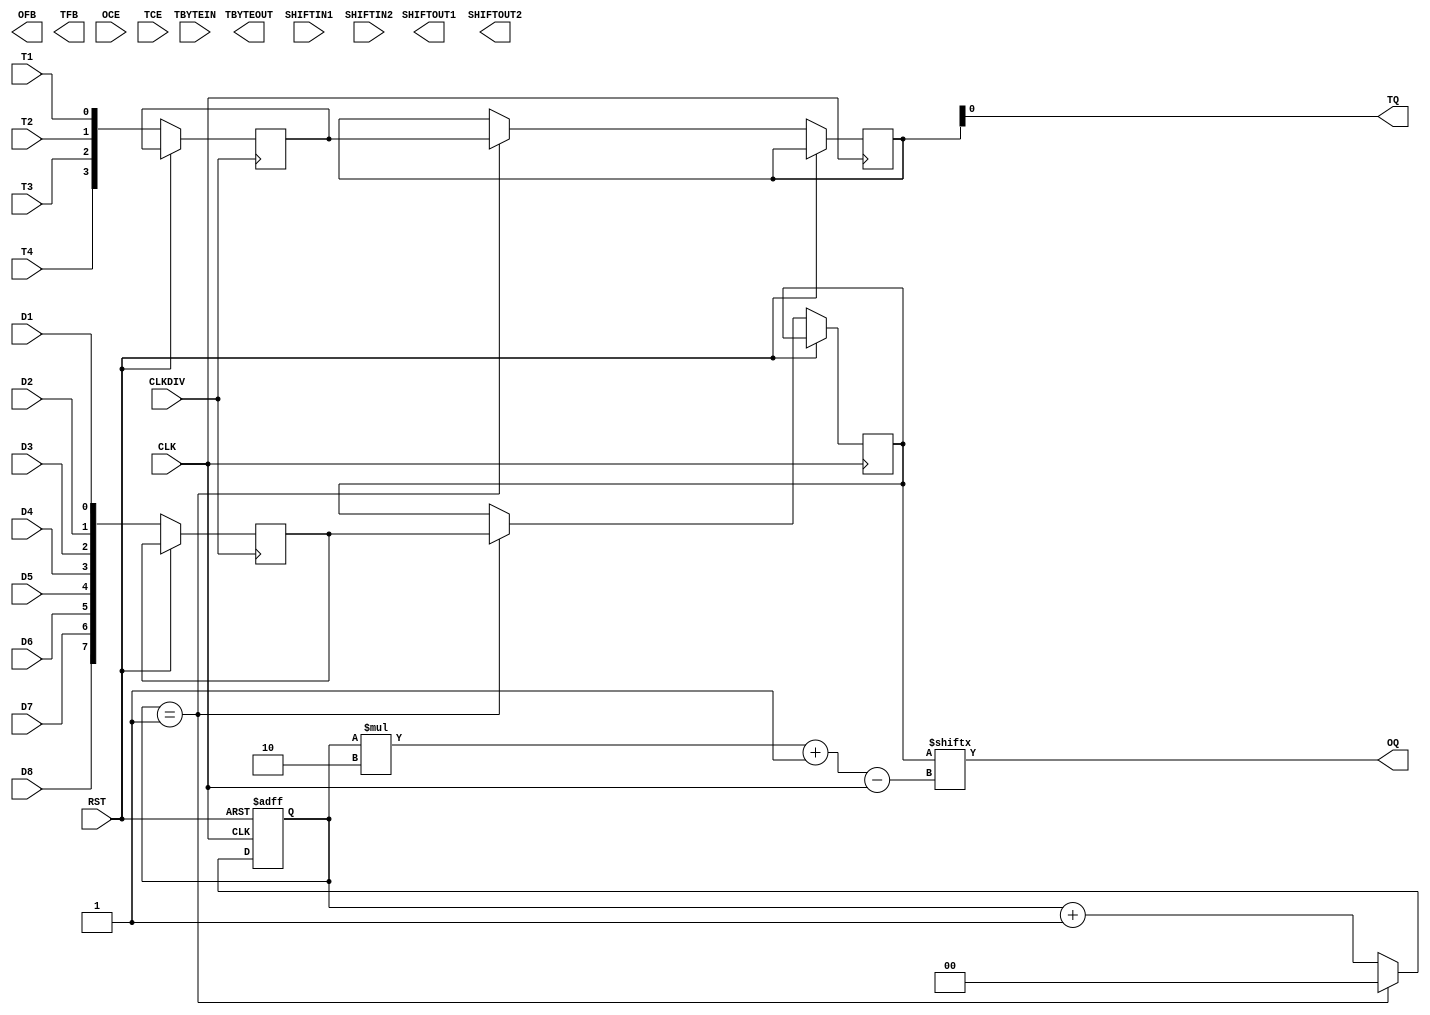


module OSERDESE2 (
  OFB,
  OQ,
  SHIFTOUT1,
  SHIFTOUT2,
  TBYTEOUT,
  TFB,
  TQ,

  CLK,
  CLKDIV,
  D1,
  D2,
  D3,
  D4,
  D5,
  D6,
  D7,
  D8,
  OCE,
  RST,
  SHIFTIN1,
  SHIFTIN2,
  T1,
  T2,
  T3,
  T4,
  TBYTEIN,
  TCE
);

  parameter DATA_RATE_OQ = "DDR";
  parameter DATA_RATE_TQ = "DDR";
  parameter integer DATA_WIDTH = 4;
  parameter [0:0] INIT_OQ = 1'b0;
  parameter [0:0] INIT_TQ = 1'b0;
  parameter [0:0] IS_CLKDIV_INVERTED = 1'b0;
  parameter [0:0] IS_CLK_INVERTED = 1'b0;
  parameter [0:0] IS_D1_INVERTED = 1'b0;
  parameter [0:0] IS_D2_INVERTED = 1'b0;
  parameter [0:0] IS_D3_INVERTED = 1'b0;
  parameter [0:0] IS_D4_INVERTED = 1'b0;
  parameter [0:0] IS_D5_INVERTED = 1'b0;
  parameter [0:0] IS_D6_INVERTED = 1'b0;
  parameter [0:0] IS_D7_INVERTED = 1'b0;
  parameter [0:0] IS_D8_INVERTED = 1'b0;
  parameter [0:0] IS_T1_INVERTED = 1'b0;
  parameter [0:0] IS_T2_INVERTED = 1'b0;
  parameter [0:0] IS_T3_INVERTED = 1'b0;
  parameter [0:0] IS_T4_INVERTED = 1'b0;


  `ifdef XIL_TIMING //Simprim
  parameter LOC = "UNPLACED";
  `endif
  parameter SERDES_MODE = "MASTER";
  parameter [0:0] SRVAL_OQ = 1'b0;
  parameter [0:0] SRVAL_TQ = 1'b0;
  parameter TBYTE_CTL = "FALSE";
  parameter TBYTE_SRC = "FALSE";
  parameter integer TRISTATE_WIDTH = 4;
  
  localparam in_delay = 0;
  localparam out_delay = 0;
  localparam INCLK_DELAY = 0;
  localparam OUTCLK_DELAY = 0;

  output OFB;
  output OQ;
  output SHIFTOUT1;
  output SHIFTOUT2;
  output TBYTEOUT;
  output TFB;
  output TQ;

  input CLK;
  input CLKDIV;
  input D1;
  input D2;
  input D3;
  input D4;
  input D5;
  input D6;
  input D7;
  input D8;
  input OCE;
  input RST;
  input SHIFTIN1;
  input SHIFTIN2;
  input T1;
  input T2;
  input T3;
  input T4;
  input TBYTEIN;
  input TCE;

  reg [1:0] counter;
  reg [7:0] dataA, dataB;
  reg [3:0] tA, tB;

  always @ (posedge CLKDIV or posedge RST) begin
    if (RST) begin
    end else begin
      dataA[0] <= D1;
      dataA[1] <= D2;
      dataA[2] <= D3;
      dataA[3] <= D4;
      dataA[4] <= D5;
      dataA[5] <= D6;
      dataA[6] <= D7;
      dataA[7] <= D8;

      tA[0] <= T1;
      tA[1] <= T2;
      tA[2] <= T3;
      tA[3] <= T4;
    end
  end

  always @ (posedge CLK or posedge RST) begin
    if (RST) begin
      counter <= 3;
    end else begin
      counter <= counter + 1;
      if(counter == DATA_WIDTH/2-1) begin
        counter <= 0;
        dataB <= dataA;
        tB <= tA;
      end;
    end
  end

  assign TQ = tB[0];
  assign OQ = dataB[counter*2 + 1 - CLK];


endmodule